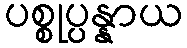
ပစ္စုပ္ပန္နာယ